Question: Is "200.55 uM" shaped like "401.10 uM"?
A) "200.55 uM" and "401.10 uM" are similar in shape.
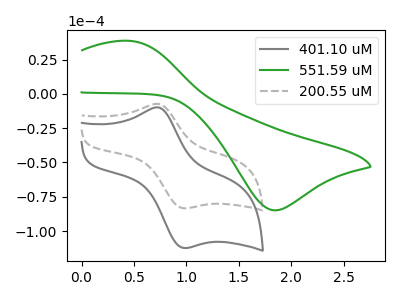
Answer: <think>The gray curve "401.10 uM" has an anodic peak at (0.75V, -10.10uA) and a cathodic peak at (1.00V, -112.35uA). The green curve "551.59 uM" has an anodic peak at (0.45V, 38.60uA) and a cathodic peak at (1.85V, -84.90uA). The gray dashed curve "200.55 uM" has an anodic peak at (0.75V, -7.50uA) and a cathodic peak at (1.00V, -83.40uA).
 All the peaks in "200.55 uM" have a peak in "401.10 uM" at the same potential.</think>
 <answer>A) "200.55 uM" and "401.10 uM" are similar in shape.</answer>
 <eval>A</eval>